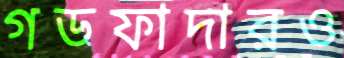
গডফাদারও